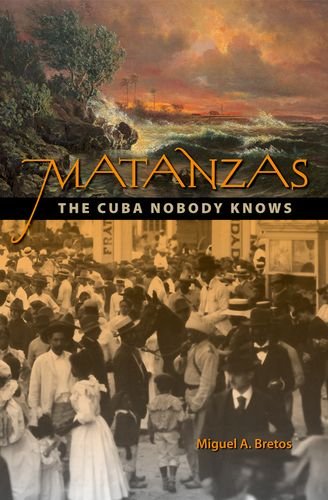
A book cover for Matanzas: The Cuba Nobody Knows; Miguel A. Bretos; Travel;